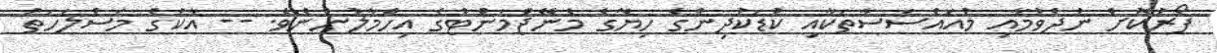
ފޯރުކޮށް ނުދެވުމާއި މުއައްސަސާތަކާއި ކުޑަކުދިންގެ ހިޔާގެ މެނޭޖްމަންޓްގެ އިހްމާލުންނެވެ. -- އާކުގެ މަސްލަހަތު